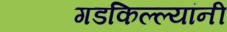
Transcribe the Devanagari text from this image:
गडकिल्ल्यांनी